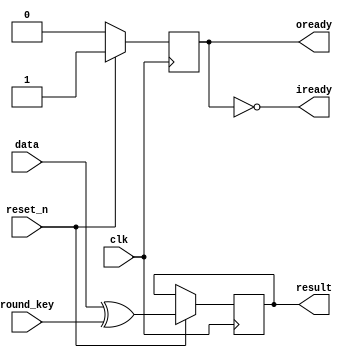
module aes_addroundkey(
	input wire				clk,
	input wire				reset_n,
	input wire [127:0]		round_key,
	input wire [127:0]		data,
	output wire [127:0]		result,
	output wire 			iready,
	output wire				oready	
  );
  
  reg [127:0]		input_buffer, output_buffer;
  reg				tmp_iready, tmp_oready;
  
  assign iready = !tmp_iready;
  assign oready = tmp_oready;
  assign result = output_buffer;
  
  initial 
  begin
  	tmp_iready = 1'b0;
  	tmp_oready = 1'b0; 
  end
  
  function [127:0]  addroundkey(input [127:0] data, input [127:0] rkey);
		begin
			addroundkey = data ^ rkey;
		end
  endfunction 
  
  always @ (posedge clk)
  begin
  	if (reset_n)
  		begin
  			input_buffer = data;
  			tmp_iready = 1'b1;
  			
  			output_buffer = addroundkey (input_buffer, round_key);
  			tmp_oready = 1'b1;
  		end
  	else
  		begin
  			tmp_iready = 1'b0;
  			tmp_oready = 1'b0;
  		end
  end	
endmodule